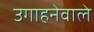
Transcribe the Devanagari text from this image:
उगाहनेवाले